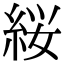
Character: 䋝